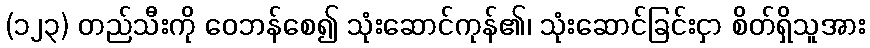
(၁၂၃) တည်သီးကို ဝေဘန်စေ၍ သုံးဆောင်ကုန်၏၊ သုံးဆောင်ခြင်းငှာ စိတ်ရှိသူအား